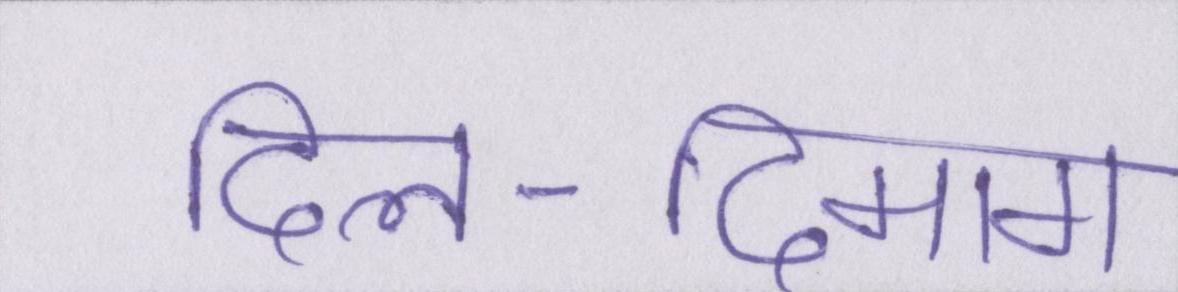
दिल-दिमाग